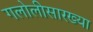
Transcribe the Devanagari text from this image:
गलोलीसारख्या